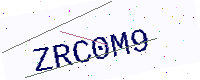
Text: ZRC0M9